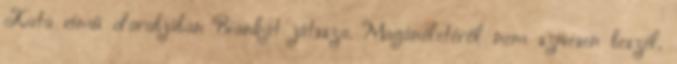
Kata című darabjában Biankát játssza. Magánéletéről nem szívesen beszél.